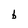
Character: b